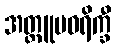
အတ္ထူပဝရိက္ခီ